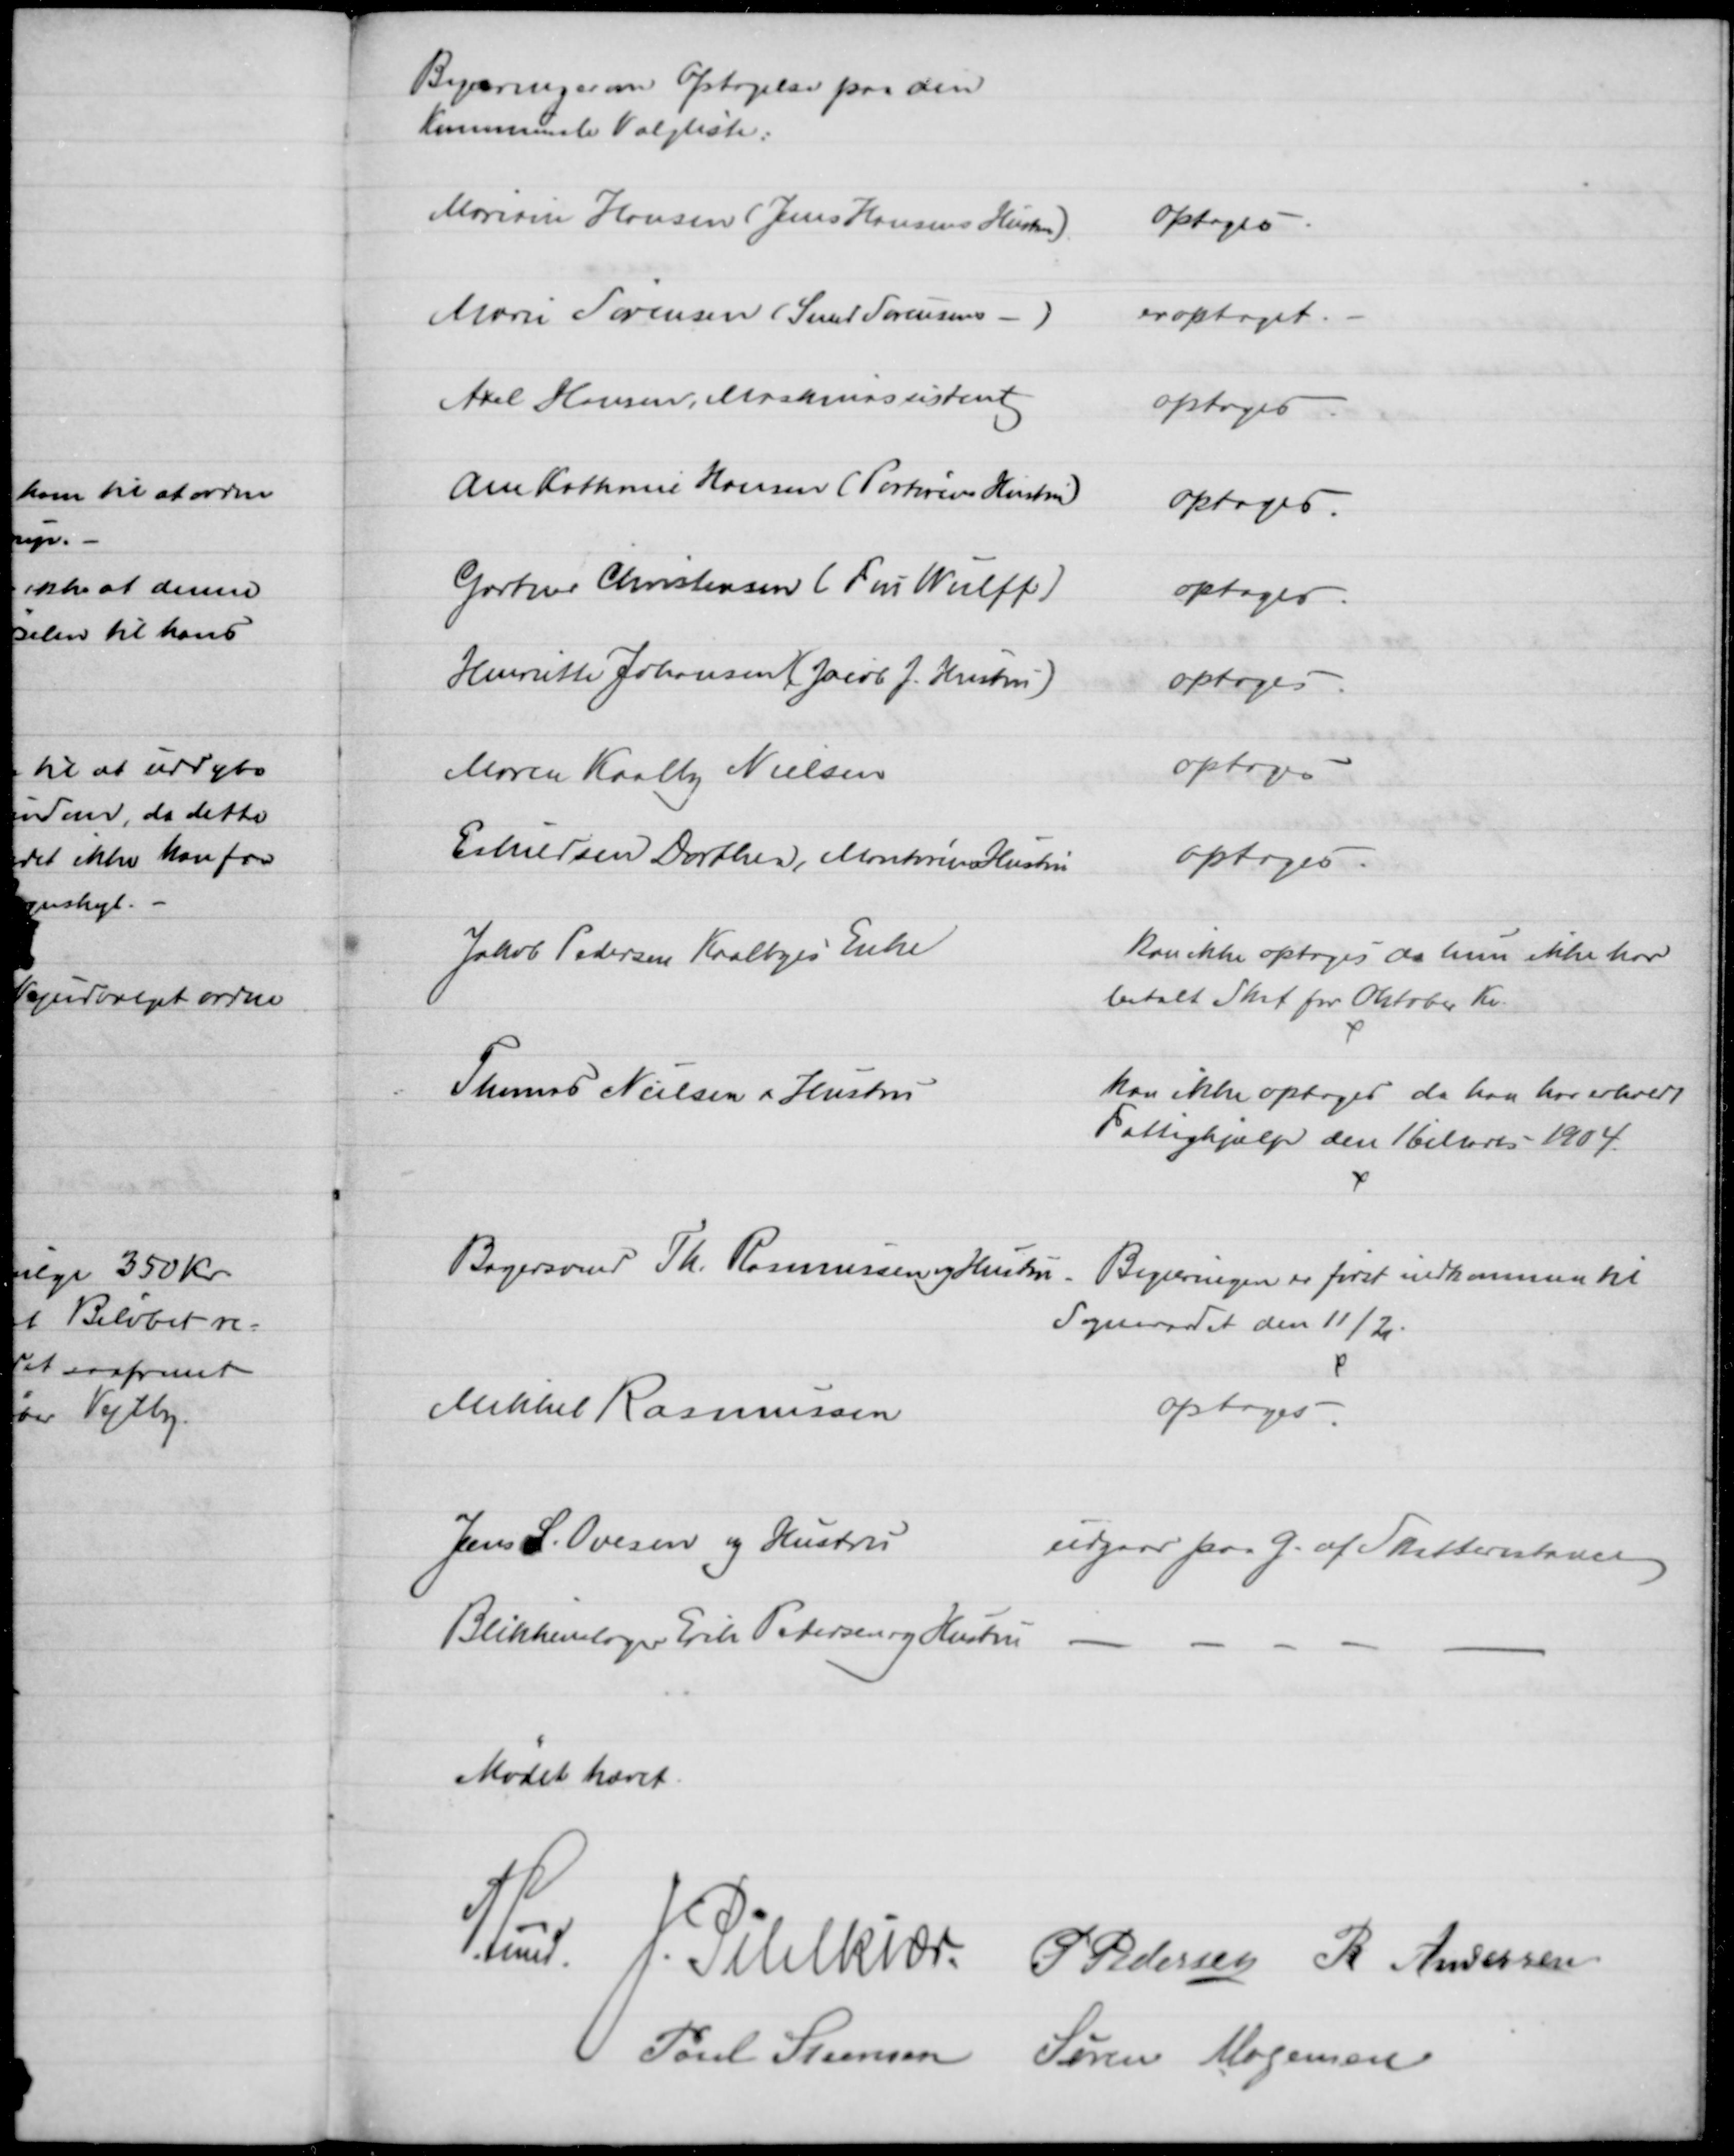
Transskription:
Begæringer om Optagelse paa den
Kommunale Valgliste:
Mariane Hansen (Jens Hansens Hustru)
optoges
Marie Sørensen (Smed Sørensens -)
er optaget.
Axel Hansen, Maskinassistent
optoges
Ane Kathrine Hansen (Portørens Hustru)
optoges.
Gartner Christensen (Fru Wulff)
optoges
Henriette Johansen (Jacob J. Hustru)
optoges
Maren Kaalby Nielsen
optoges
Eskildsen Dorthea, Montørens Hustru
optoges
Jakob Pedersen Kaalbyes Enke
Kan ikke optages da hun ikke har 
betalt Skat for Oktober Kv.
Thomas Nielsen & Hustru
kan ikke optages da han har erholdt
Fattighjælp den 16 Marts 1904
Bagersvend Th. Rasmussen og Hustru. Begæringen er først indkommen til
Sogneraadet den 11/2.
Mikkel Rasmussen
optoges
Jens L. Ovesen og Hustru
udgaar paa G. af Skatterestance
Blikkenslager Erik Petersen og Hustru
Mødet hævet.
A. Lund. J. Pihlkjær P. Pedersen R. Andersen
Poul Steensen Søren Mogensen